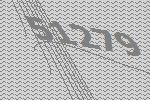
51279